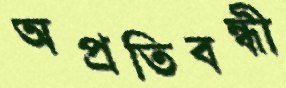
অপ্রতিবন্ধী